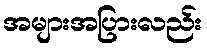
အများအပြားလည်း